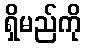
ရှိမည်ကို